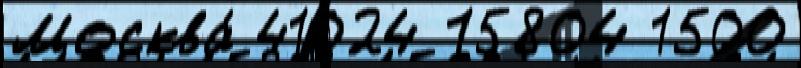
Москва́ 41024 15804 1500